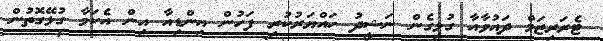
ޓެރަރިޒަމް ދައުވާއާ ގުޅިގެން ނަޝީދު ހައްޔަރުކުރި ފަހުން އިންޑިއާ އިން އެކަމާ ގުޅޭގޮތުން